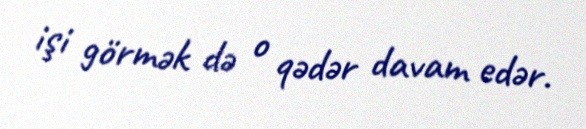
işi görmək də o qədər davam edər.